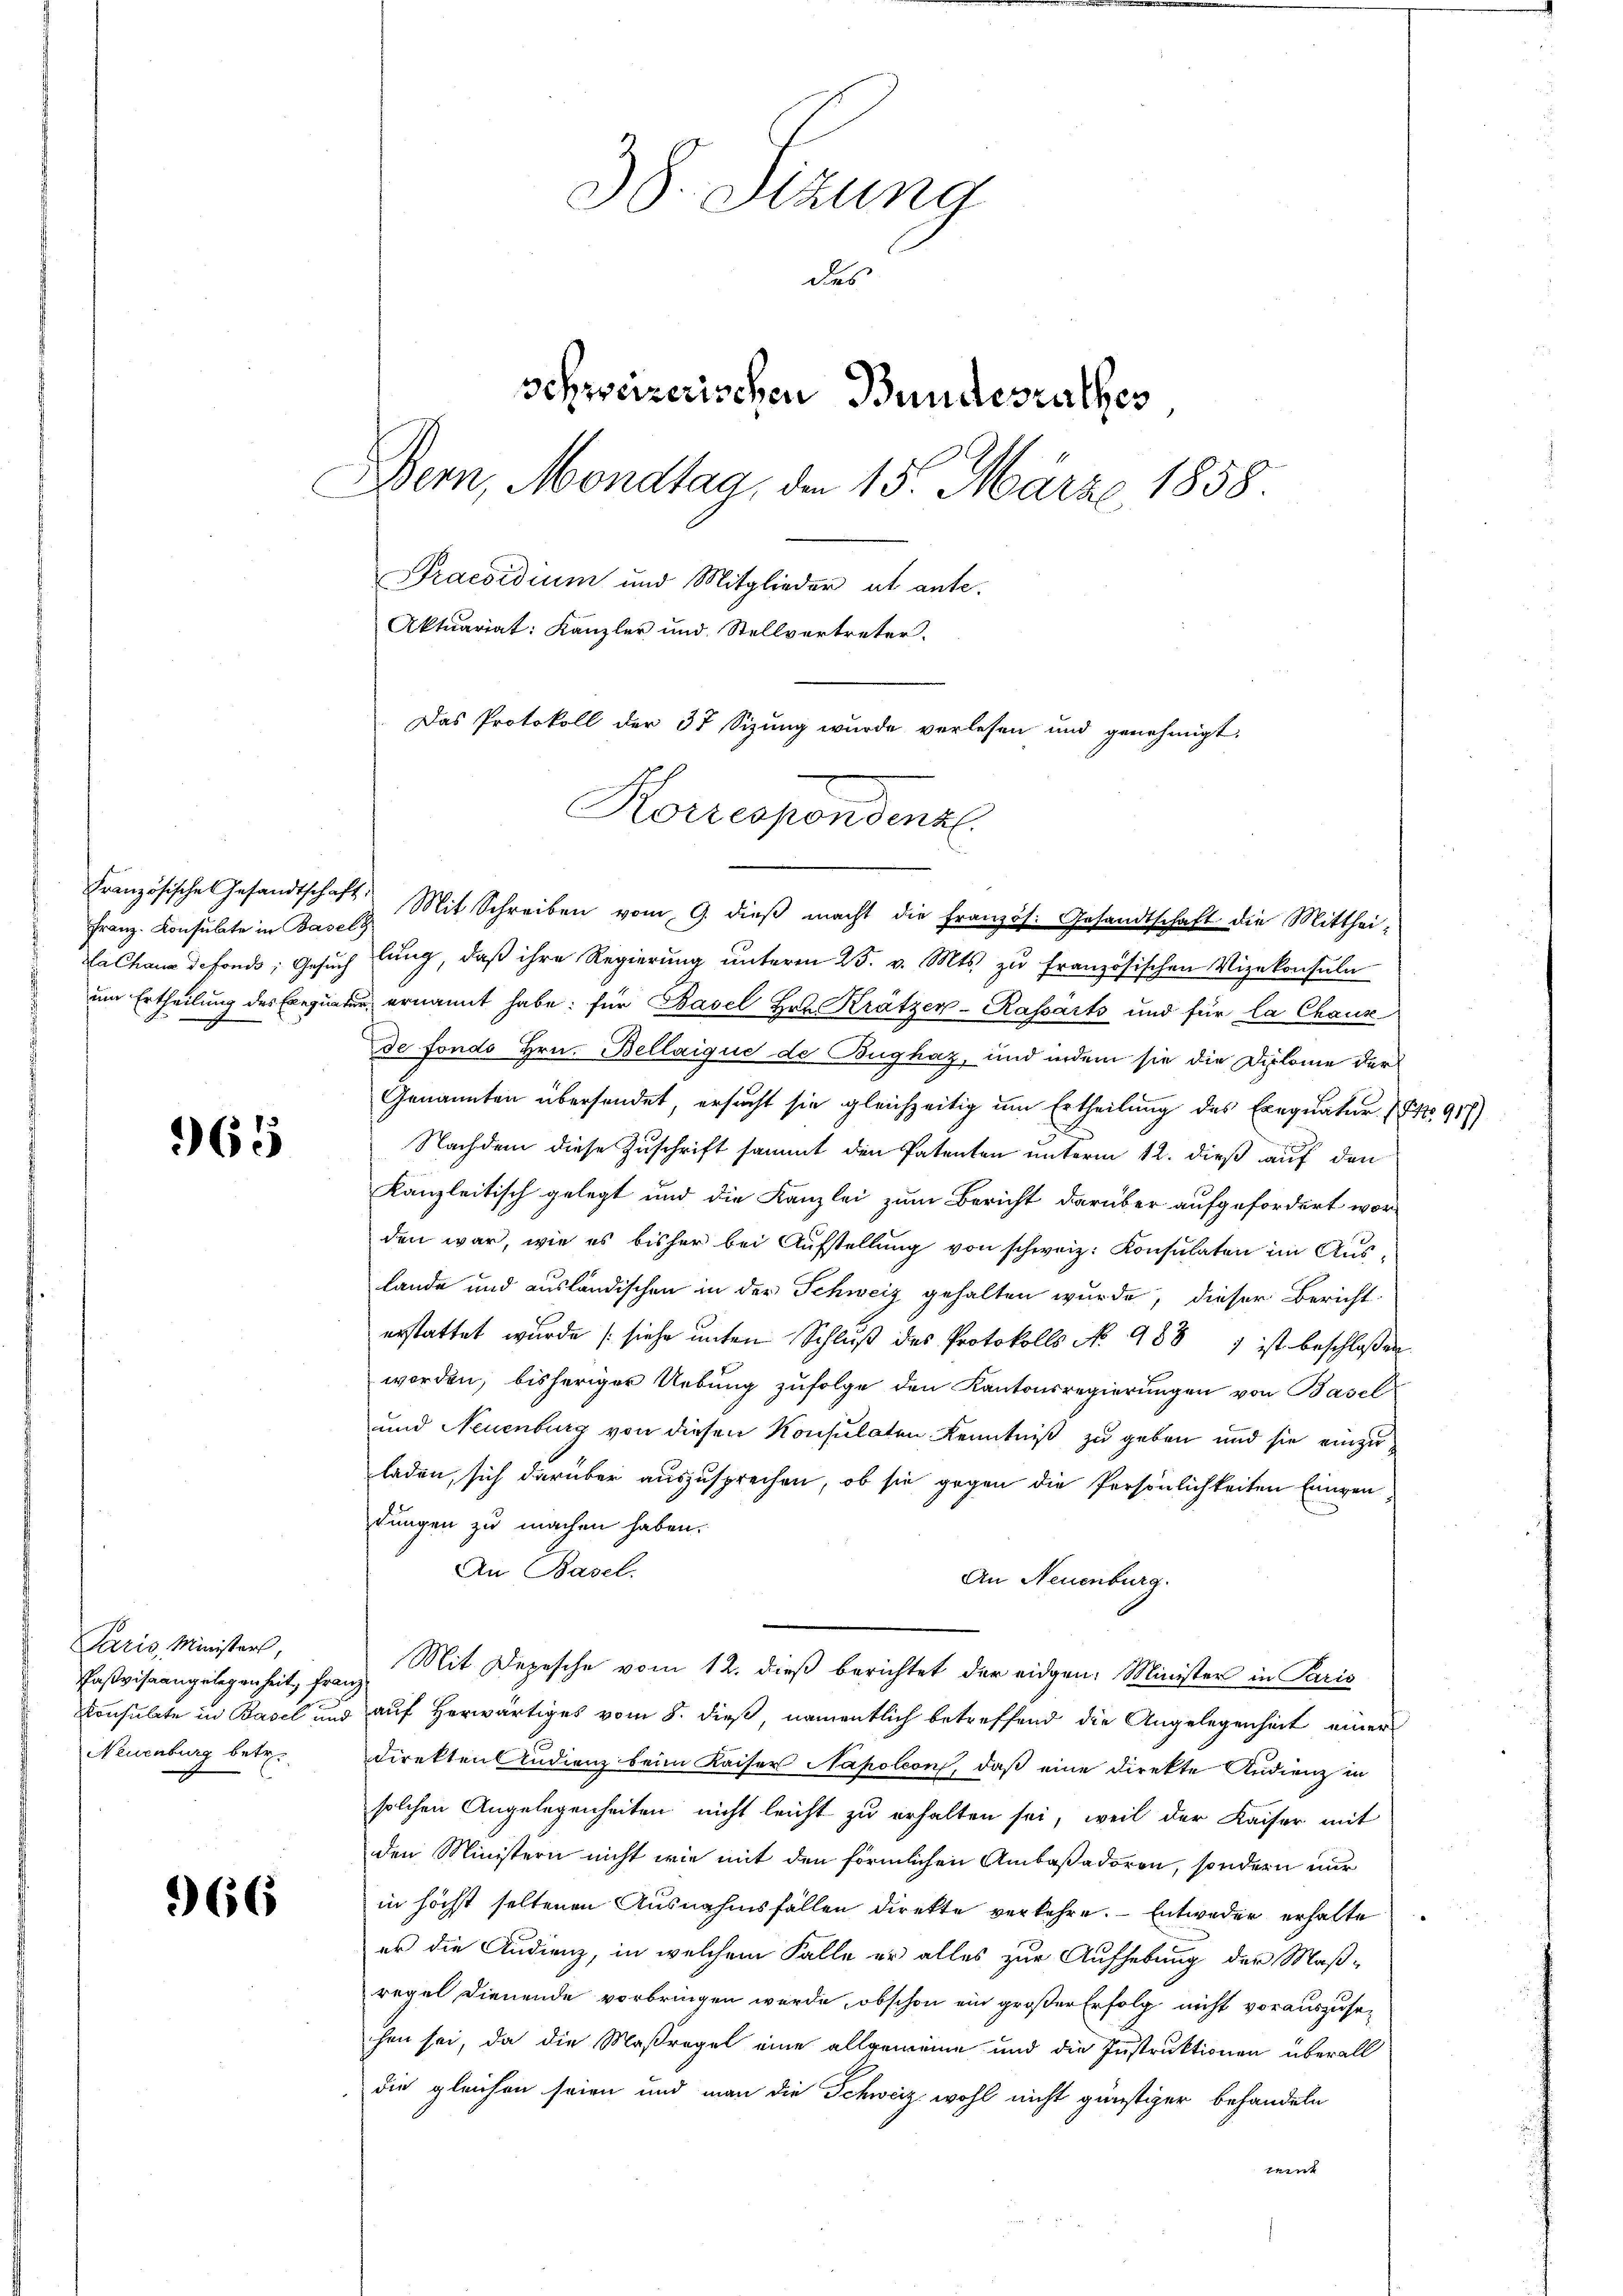
Franz-Konsulate in Basels

965

Paris, Ministers,
Paßviseangelegenheit, Frau
Konsulate in Basel und
Neuenburg betr.

66

38. Sizung
des
Schweizerischen Bundesrathes
Bern, Mondtag, den 15. März 1858.
Praesidium und Mitglieder ab ante.
Aktuariat: Kanzler und Stellvertreter.
Das Protokoll der 37 Sizung wurde verlesen und genehmigt.
Korrespondentl.

Französische Gesandtschaft Mit Schreiben vom 9. dieβ macht die Französ. Gesandtschaft die Mitthei-
La Chana defonds; Gesuch lung, daß ihre Regierung unterm 25. v. Mts. zu französischen Vizekonsuln
um Ertheilung des Exequatur ernannt habe; für Basel Heu Krätzer-Kassarts und für la Chaus
de fondo Hrn. Bellaique de Bughaz, und indem sie die Diplome der
Genannten übersendet, ersucht sie gleichzeitig um Ertheilung des Exequatur (NNo. 918)
Nachdem diese Zuschrift sammt den Patenten unterm 12. dieß auf den
Kanzleitisch gelegt und die Kanzlei zum Bericht darüber aufgefordert worden war, wie es bisher bei Aufstellung von schweiz. Konsulaten im Aus¬
Lande und ausländischen in der Schweiz gehalten wurde, dieser Bericht-
erstattet wurde (siehe ŭnter Schlŭβ des Protokolls No 988 7 ist beschlossen
worden, bisheriger Uebung zufolge den Kantonsregierungen von Basel
und Neuenburg von diesen Konsulaten Kenntniß zu geben und sie einzuladen, sich darüber auszusprechen, ob sie gegen die Persönlichkeiten Eingen-
dungen zu machen haben.
An Basel.
An Neuenburg.
Mit Depesche vom 12. dieß berichtet der eidgen. Minister in Paris
auf Herwärtiges vom 8. dieß, namentlich betreffend die Angelegenheit einer
direktenstudienz beim Kaiser Napoleon, daß eine direkte Audienz in
solchen Angelegenheiten nicht leicht zu erhalten sei, weil der Kaiser mit
den Ministern nicht wie mit den förmlichen Ambaßadoren, sondern nur
in höchst seltenen Ausnahmsfällen direkte verkehre. Entweder erhalte
er die Audienz, in welchem Falle er alles zur Aufhebung der Maß-
regel dienende vorbringen wurde, obschon ein großer Erfolg nicht vorauszusehen sei, da die Maßregel eine allgemeine und die Instruktionen überall
die gleichen seien und man die Schweiz wohl nicht günstiger behandeln
Tant